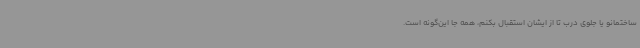
ساختمانو یا جلوی درب تا از ایشان استقبال بکنم، همه جا این‌گونه است.